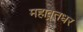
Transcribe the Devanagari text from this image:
महाव्रतधर